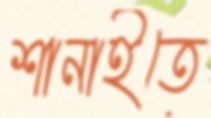
শানাইতে